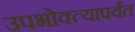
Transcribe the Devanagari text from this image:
उपभोक्त्यापर्यंत